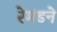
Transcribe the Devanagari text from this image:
रेमंडने